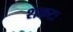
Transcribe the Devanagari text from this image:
शकटः